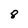
Character: 8